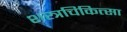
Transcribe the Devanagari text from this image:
शस्त्रचिकित्सा